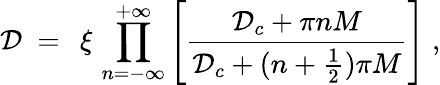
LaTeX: {\mathcal D}\; =\; \, \xi\, \prod_{n=-\infty}^{+\infty}\left[\frac{{\mathcal D}_{c}+\pi nM}{{\mathcal D}_{c}+(n+\frac{1}{2})\pi M}\right]\; ,